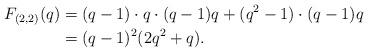
LaTeX: \begin{align*}F_{(2,2)}(q) &= (q-1)\cdot q\cdot (q-1)q+ (q^2-1)\cdot (q-1)q \\&= (q-1)^2(2q^2+q).\end{align*}